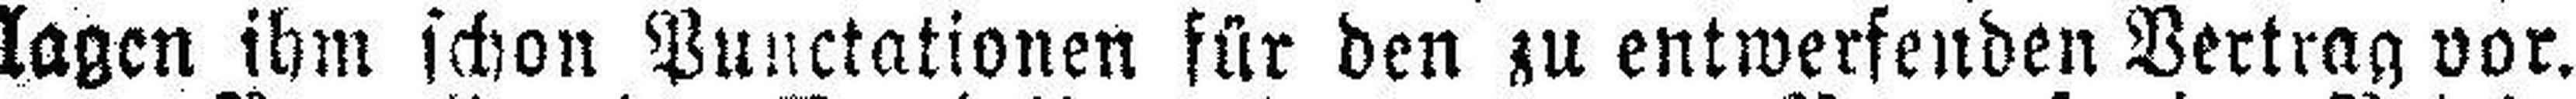
lagen ihm schon Punctationen für den zu entwerfenden Vertrag vor.